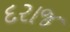
દરાજ